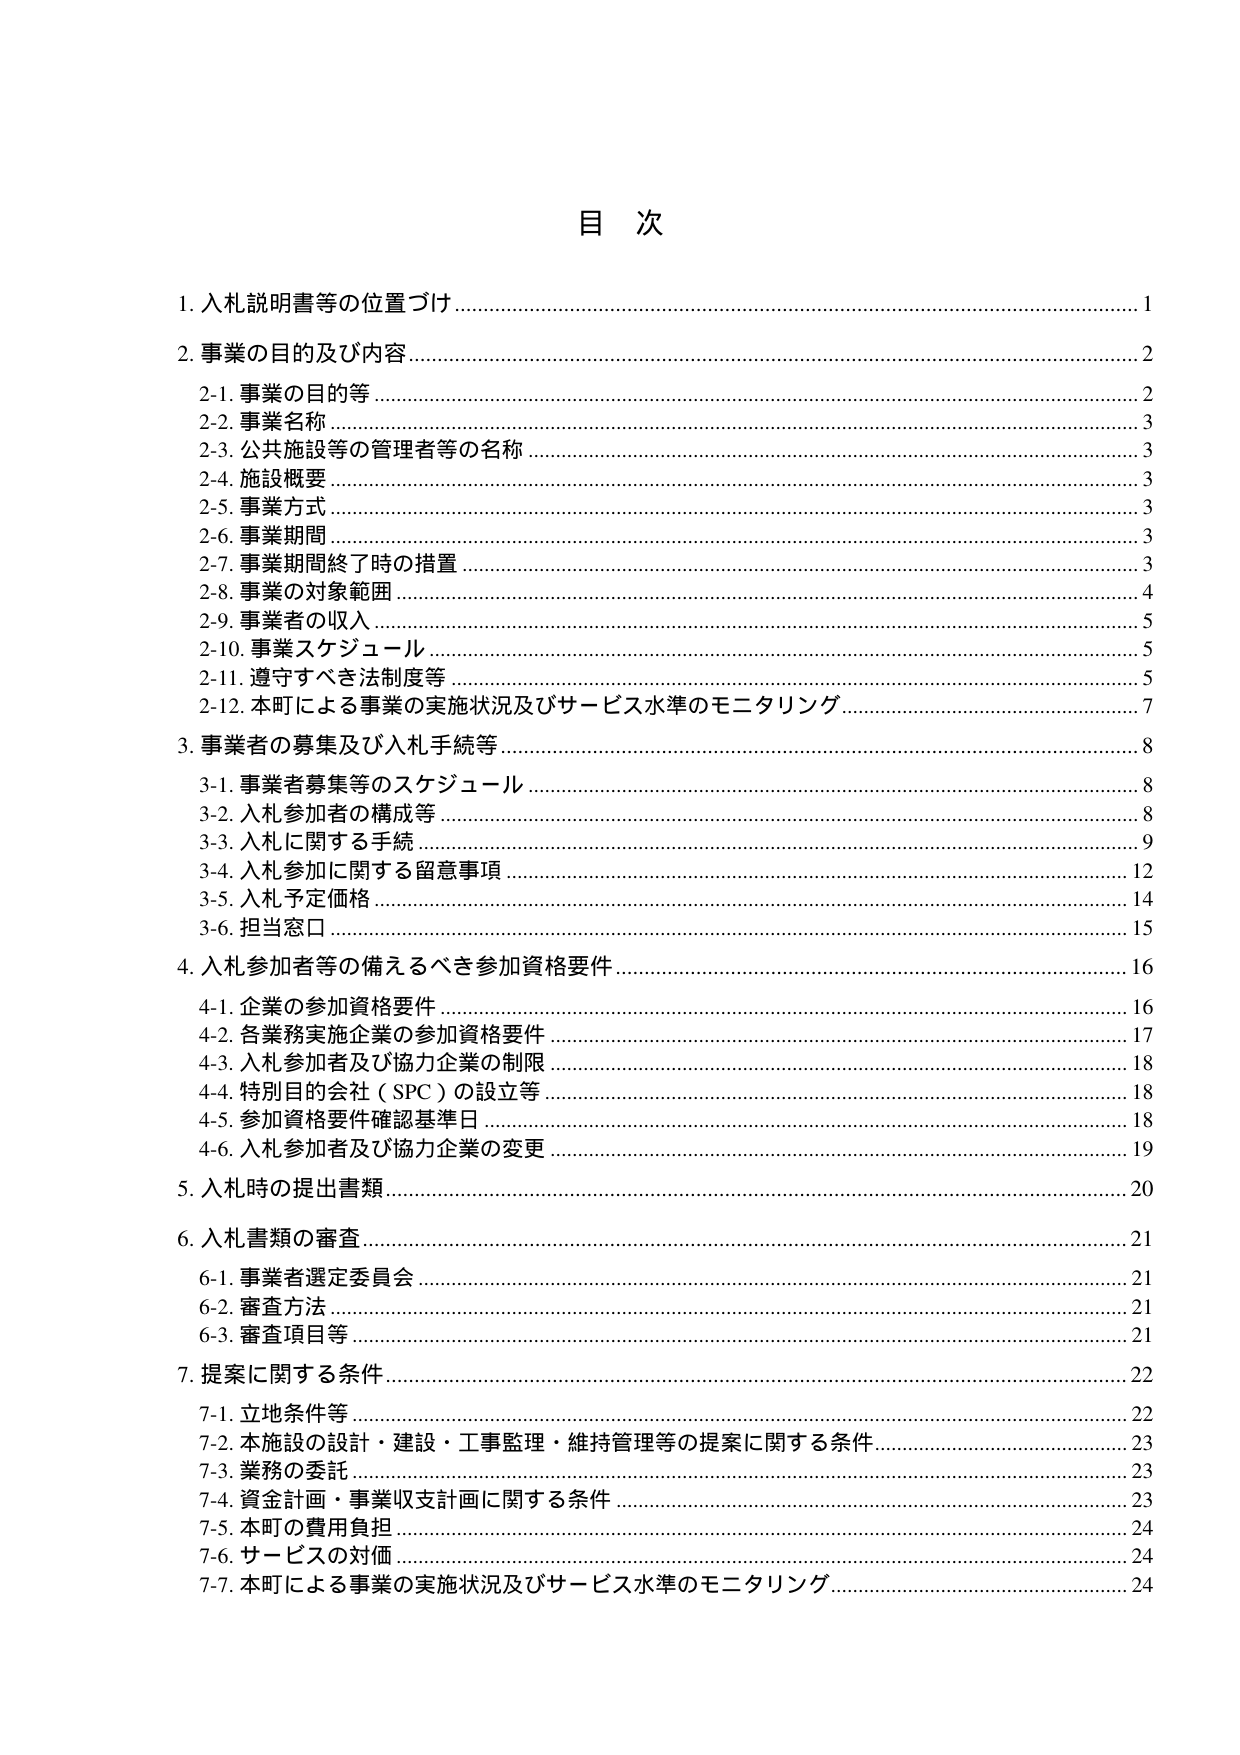
目 次

1. 入札説明書等の位置づけ ………………………………………………………………………… 1

2. 事業の目的及び内容 ……………………………………………………………………………… 2
　2-1. 事業の目的等 ………………………………………………………………………………… 2
　2-2. 事業名称 ……………………………………………………………………………………… 3
　2-3. 公共施設等の管理者等の名称 ……………………………………………………………… 3
　2-4. 施設概要 ……………………………………………………………………………………… 3
　2-5. 事業方式 ……………………………………………………………………………………… 3
　2-6. 事業期間 ……………………………………………………………………………………… 3
　2-7. 事業期間終了時の措置 ……………………………………………………………………… 3
　2-8. 事業の対象範囲 ……………………………………………………………………………… 4
　2-9. 事業者の収入 ………………………………………………………………………………… 5
　2-10. 事業スケジュール …………………………………………………………………………… 5
　2-11. 遵守すべき法制度等 ………………………………………………………………………… 5
　2-12. 本町による事業の実施状況及びサービス水準のモニタリング ………………………… 7

3. 事業者の募集及び入札手続等 ………………………………………………………………… 8
　3-1. 事業者募集等のスケジュール ……………………………………………………………… 8
　3-2. 入札参加者の構成等 ………………………………………………………………………… 8
　3-3. 入札に関する手続 …………………………………………………………………………… 9
　3-4. 入札参加に関する留意事項 ………………………………………………………………… 12
　3-5. 入札予定価格 ………………………………………………………………………………… 14
　3-6. 担当窓口 ……………………………………………………………………………………… 15

4. 入札参加者等の備えるべき参加資格要件 …………………………………………………… 16
　4-1. 企業の参加資格要件 ………………………………………………………………………… 16
　4-2. 各業務実施企業の参加資格要件 …………………………………………………………… 17
　4-3. 入札参加者及び協力企業の制限 …………………………………………………………… 18
　4-4. 特別目的会社（SPC）の設立等 …………………………………………………………… 18
　4-5. 参加資格要件確認基準日 …………………………………………………………………… 18
　4-6. 入札参加者及び協力企業の変更 …………………………………………………………… 19

5. 入札時の提出書類 ……………………………………………………………………………… 20

6. 入札書類の審査 ………………………………………………………………………………… 21
　6-1. 事業者選定委員会 …………………………………………………………………………… 21
　6-2. 審査方法 ……………………………………………………………………………………… 21
　6-3. 審査項目等 …………………………………………………………………………………… 21

7. 提案に関する条件 ……………………………………………………………………………… 22
　7-1. 立地条件等 …………………………………………………………………………………… 22
　7-2. 本施設の設計・建設・工事監理・維持管理等の提案に関する条件 …………………… 23
　7-3. 業務の委託 …………………………………………………………………………………… 23
　7-4. 資金計画・事業収支計画に関する条件 …………………………………………………… 23
　7-5. 本町の費用負担 ……………………………………………………………………………… 24
　7-6. サービスの対価 ……………………………………………………………………………… 24
　7-7. 本町による事業の実施状況及びサービス水準のモニタリング ………………………… 24